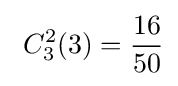
\ C_{3}^{2}(3)={\frac {16}{50}}